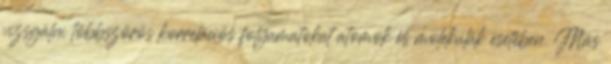
vizsgálni többszörös korrelációs folyamatokat atomok és molekulák esetében. Más